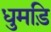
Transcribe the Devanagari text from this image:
धुमड़ि